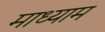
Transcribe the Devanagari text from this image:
माध्याम